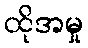
ထိုအမှု